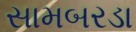
સામબરડા